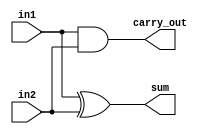
module half_adder (
    input in1,
    input in2,
    output sum,
    output carry_out
    );

assign sum = in1 ^ in2;
assign carry_out = in1 & in2;


endmodule